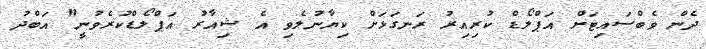
ދެން ވެބްސައިޓަށް އަޕްލޯޑް ކުރިއިރު ރަނގަޅަށް ކިޔާނުލެވި އެ ޝިއާރު އަޕްލޯޑްކުރެވުނީ" އަބްދު